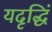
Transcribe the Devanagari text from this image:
यदृद्धिं